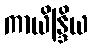
ကာယိန္ဒြိယ